Investigations on Bengal jail dietaries - Number 37
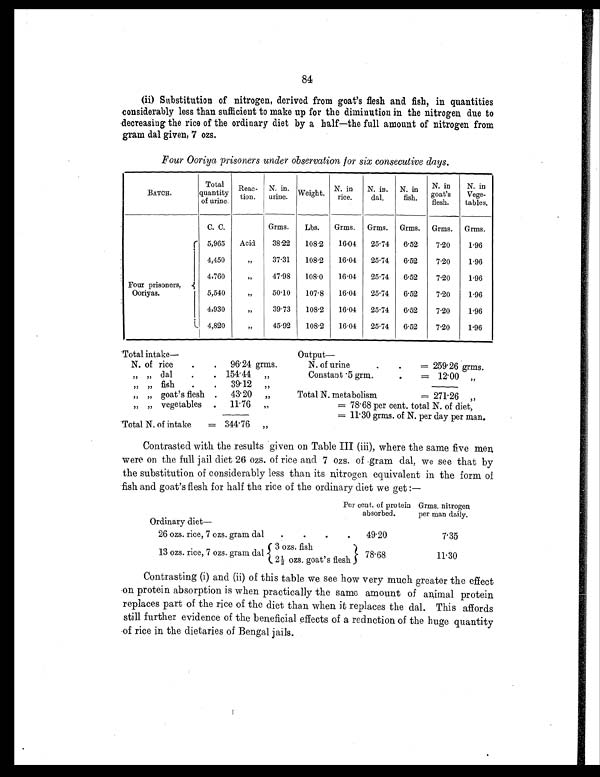
84
(ii) Substitution of nitrogen, derived from goat's flesh and fish, in quantities
considerably less than sufficient to make up for the diminution in the nitrogen due to
decreasing the rice of the ordinary diet by a half—the full amount of nitrogen from
gram dal given, 7 ozs.
Four Ooriya prisoners under observation for six consecutive days.
BATCH.
Total
quantity
of urine.
Reac-
tion.
N. in.
urine. Weight. N. in
rice.
N. in.
dal.
N. in
fish.
N. in
goats
flesh.
N. in
Vege-
tables.
C. C.
Grms.
Lbs.
Grms. Grms. Grms. Grms. Grms.
Four prisoners,
Ooriyas.
5,965
Acid
38.22
108.2
16.04
25.74
6.52
7.20
1.96
4,450
„
37.31
108.2
16.04
25.74
6.52
7.20
1.96
4,760
„
47.98
108.0
16.04
25.74
6.52
7.20
1.96
5,540
„
50.10
107.8
16.04
25.74
6.52
7.20
1.96
4,930
„
39.73
108.2
16.04
25.74 6.52
7.20
1.96
4,820
„
45.92
108.2
16.04
25.74
6.52
7.20
1.96
T o t a l i n t a k e —
Output —
N. of rice
.
.
96.24 grms.
N. of urine
.
. = 259.26 grms.
„ „ dal
.
. 154.44 „
Constant .5 grm.
.
= 12.00 „
„ „ fish
.
.
39.12 „
„ „ g o a t ' s f l e s h .
43.20 „
Total N. metabolism
= 271.26 „
„ „ vegetables .
11.76 „
= 78.68 per cent. total N. of diet.
= 11.30 grms. of N. per day per man.
Total N. of intake
= 344.76 „
Contrasted with the results given on Table III (iii), where the same five men
were on the full jail diet 26 ozs. of rice and 7 ozs. of gram dal, we see that by
the substitution of considerably less than its nitrogen equivalent in the form of
fish and goat's flesh for half the rice of the ordinary diet we get :—
Per cent. of protein
absorbed.
Grms. nitrogen
per man daily.
Ordinary diet
—
26 ozs. rice, 7 ozs. gram dal
.
.
.
.
49.20
7.35
13 ozs. rice, 7 ozs. gram dal
3 ozs. fish
78.68
11.30
2½ ozs. goat's flesh
Contrasting (i) and (ii) of this table we see how very much greater the effect
on protein absorption is when practically the same amount of animal protein
replaces part of the rice of the diet than when it replaces the dal. This affords
still further evidence of the beneficial effects of a rednction of the huge quantity
of rice in the dietaries of Bengal jails.